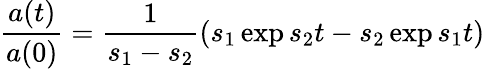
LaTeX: \frac{a(t)}{a(0)}=\frac{1}{s_{1}-s_{2}}\left(s_{1}\exp{s_{2}t}-s_{2}\exp{s_{1}t}\right)